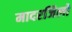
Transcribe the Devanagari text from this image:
मादरजिलों